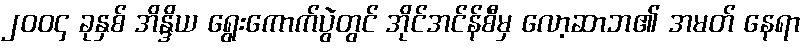
၂၀၀၄ ခုနှစ် အိန္ဒိယ ရွေးကောက်ပွဲတွင် အိုင်အင်န်စီမှ လော့ဆာဘ၏ အမတ် နေရာ